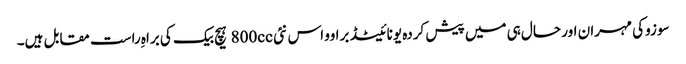
سوزوکی مہران اور حال ہی میں پیش کردہ یونائیٹڈ براوو اس نئی 800cc ہیچ بیک کی براہِ راست مقابل ہیں۔